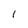
Character: I